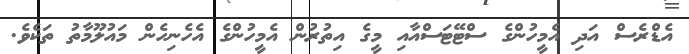
އެޑްރެސް އަދި އެމީހުންގެ ސްޓޭޓަސްއާއި މީގެ އިތުރުން އެމީހުންގެ އެހެނިހެން މައުލޫމާތު ތަކެވެ.